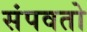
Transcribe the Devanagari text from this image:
संपवतो